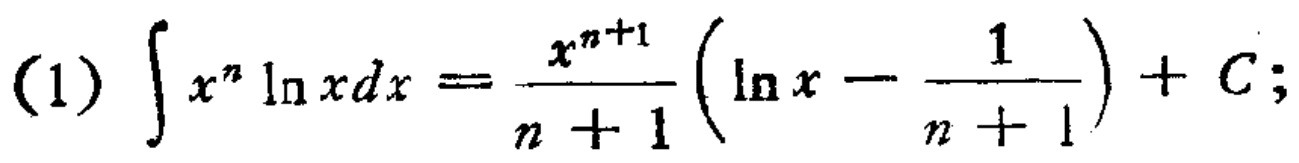
(1) \(\int x^{n} \ln xdx=\frac{x^{n + 1}}{n + 1}(\ln x-\frac{1}{n + 1})+C;\)